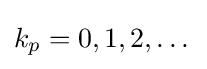
k_{p}=0,1,2,\dots